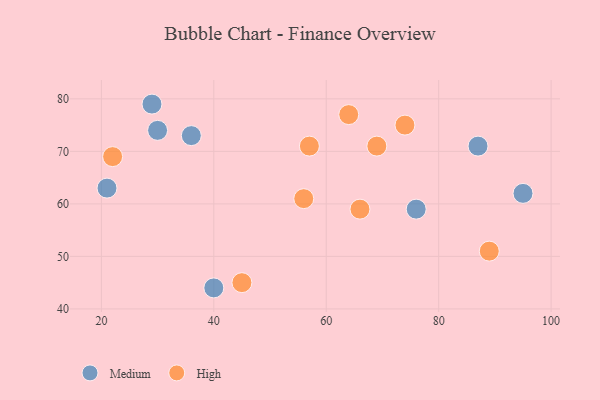
{"axis": {"x": "GDP", "y": "Life Expectancy"}, "legend": ["High", "Medium"], "data": [{"x": "95", "y": 62, "type": "Medium"}, {"x": "76", "y": 59, "type": "Medium"}, {"x": "21", "y": 63, "type": "Medium"}, {"x": "36", "y": 73, "type": "Medium"}, {"x": "29", "y": 79, "type": "Medium"}, {"x": "87", "y": 71, "type": "Medium"}, {"x": "40", "y": 44, "type": "Medium"}, {"x": "30", "y": 74, "type": "Medium"}, {"x": "22", "y": 69, "type": "High"}, {"x": "89", "y": 51, "type": "High"}, {"x": "56", "y": 61, "type": "High"}, {"x": "45", "y": 45, "type": "High"}, {"x": "74", "y": 75, "type": "High"}, {"x": "57", "y": 71, "type": "High"}, {"x": "69", "y": 71, "type": "High"}, {"x": "64", "y": 77, "type": "High"}, {"x": "66", "y": 59, "type": "High"}]}